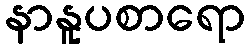
နာနူပစာရော